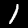
Label: 1